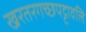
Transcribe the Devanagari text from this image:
खरतरगच्छपट्टावलि